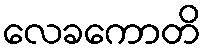
လေခကောတိ